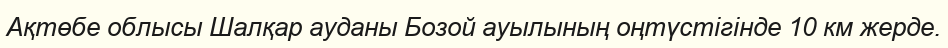
Ақтөбе облысы Шалқар ауданы Бозой ауылының оңтүстігінде 10 км жерде.